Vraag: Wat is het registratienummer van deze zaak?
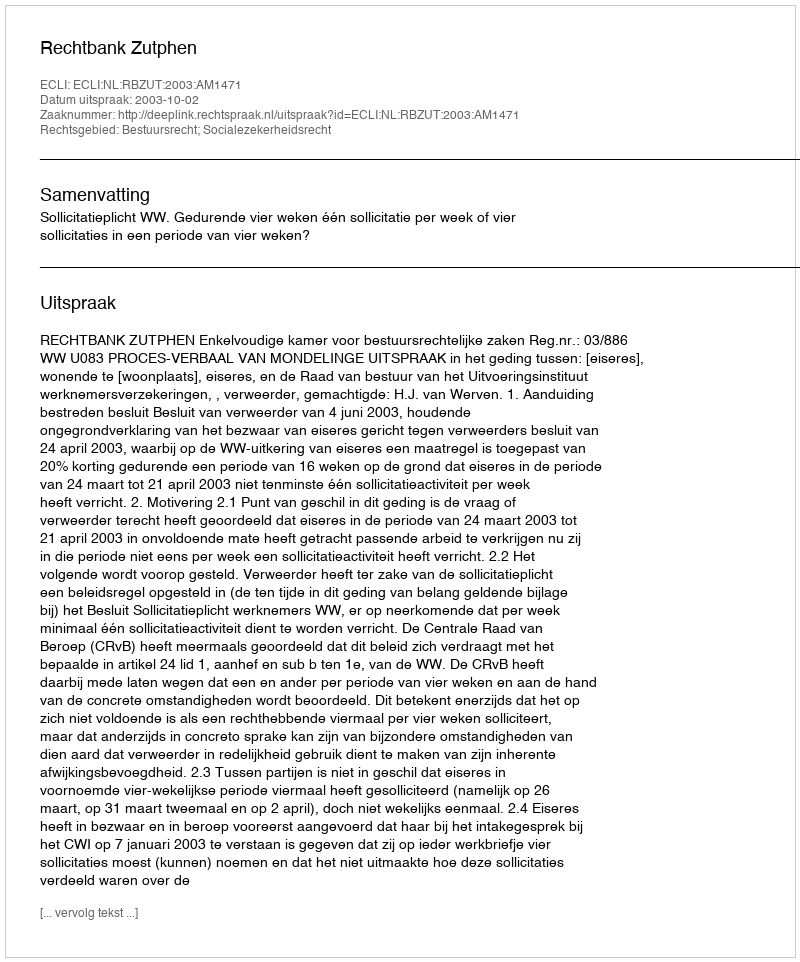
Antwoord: http://deeplink.rechtspraak.nl/uitspraak?id=ECLI:NL:RBZUT:2003:AM1471